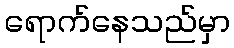
ရောက်နေသည်မှာ